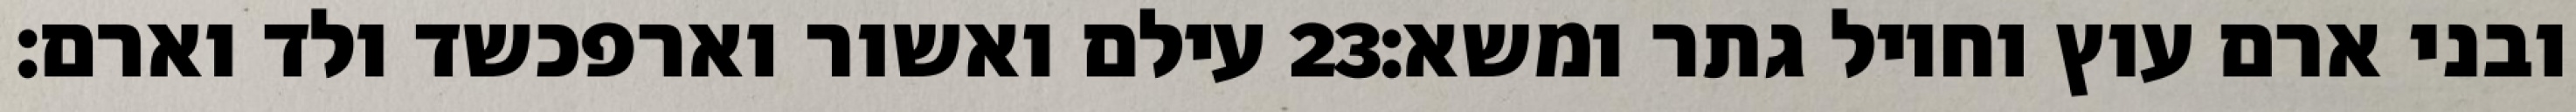
עילם ואשור וארפכשד ולד וארם׃ ‎23‏ ובני ארם עוץ וחויל גתר ומשא׃